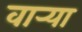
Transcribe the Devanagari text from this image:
वार्‍या